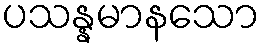
ပသန္နမာနသော